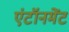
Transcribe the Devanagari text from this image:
एंटॉनमेंट